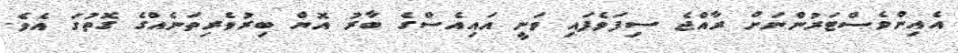
އެއިންވެސްޓަރުންނަށް ރާއްޖެ ސިފަވެފައި ވަނީ އައިއެސްގެ ބާރު އޮޔް ބިރުވެރިތަނެއްގެ ގޮތުގަ އެވެ.